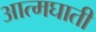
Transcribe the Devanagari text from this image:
अात्मघाती